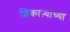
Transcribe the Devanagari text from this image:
शिकाऱ्याच्या